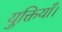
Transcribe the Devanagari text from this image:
युक्तियाँ।